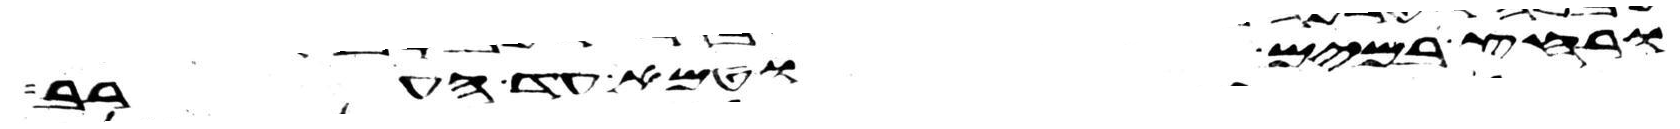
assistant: ורחץ במים וטמא עד הערב